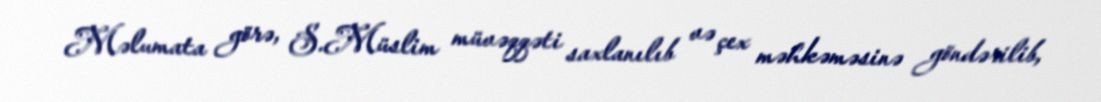
Məlumata görə, S.Müslim müvəqqəti saxlanılıb və çex məhkəməsinə göndərilib,